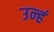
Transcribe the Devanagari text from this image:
उन्हं